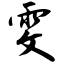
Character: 雯